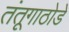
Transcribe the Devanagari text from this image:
तंतूगाठोडे